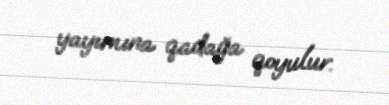
yayımına qadağa qoyulur.